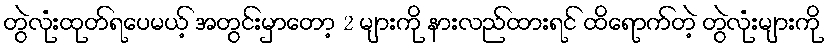
တွဲလုံးထုတ်ရပေမယ့် အတွင်းမှာတော့ 2 များကို နားလည်ထားရင် ထိရောက်တဲ့ တွဲလုံးများကို